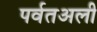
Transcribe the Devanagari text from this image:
पर्वतअली